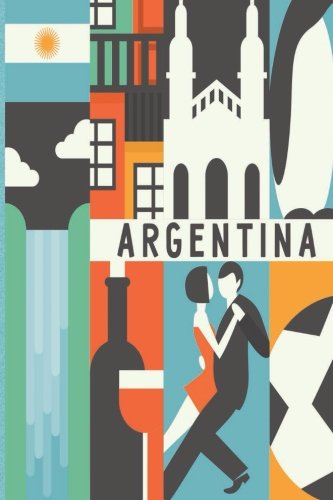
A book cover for Argentina Travel Journal: Wanderlust; Lana Barce; Travel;